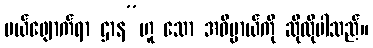
ပယ်ဖျောက်ရာ ဌာန”ဟူ သော အဓိပ္ပာယ်ကို ဆိုလိုပါသည်။